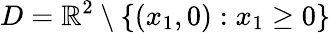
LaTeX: D=\mathbb{R}^{2}\setminus\{ (x_{1},0):x_{1}\geq 0\}